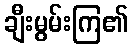
ချီးမွမ်းကြ၏